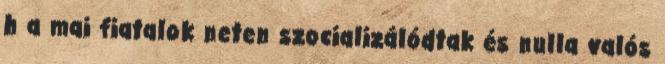
h a mai fiatalok neten szocializálódtak és nulla valós